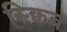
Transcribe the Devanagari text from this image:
स्क्विब